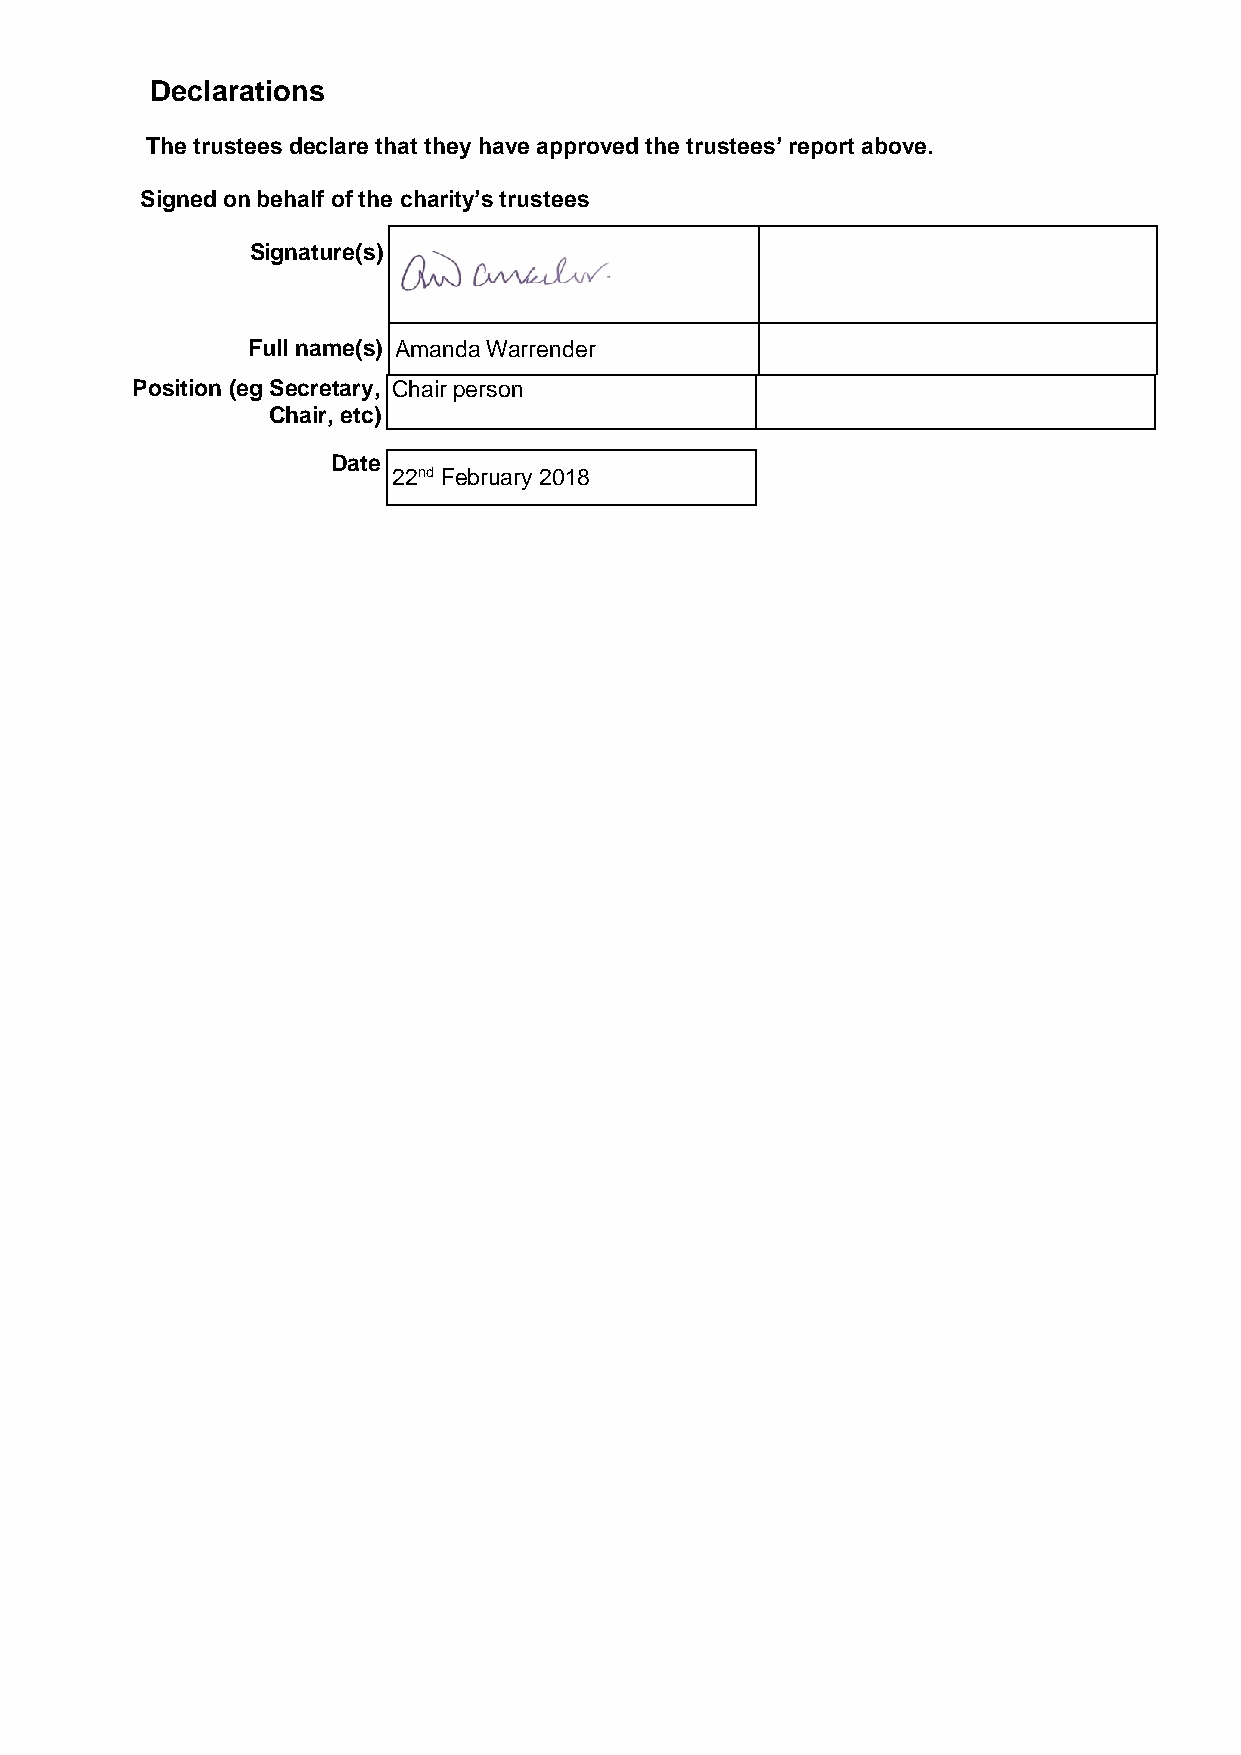
Declarations
 The trustees declare that they have approved the trustees’ report above.
 Signed on behalf of the charity’s trustees
 Signature(s)
 Full name(s) Amanda Warrender
 Position (eg Secretary, Chair person
 Chair, etc)
 Date
 22nd February 2018